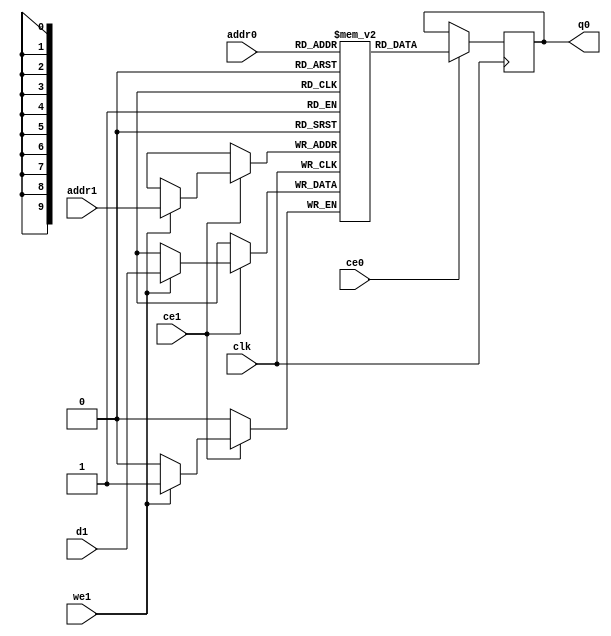
// ==============================================================
// File generated by Vivado(TM) HLS - High-Level Synthesis from C, C++ and SystemC
// Version: 2017.1
// Copyright (C) 1986-2017 Xilinx, Inc. All Rights Reserved.
// 
// ==============================================================

`timescale 1 ns / 1 ps
module pcie_read_anti_stbkb_ram (addr0, ce0, q0, addr1, ce1, d1, we1,  clk);

parameter DWIDTH = 1;
parameter AWIDTH = 10;
parameter MEM_SIZE = 1024;

input[AWIDTH-1:0] addr0;
input ce0;
output reg[DWIDTH-1:0] q0;
input[AWIDTH-1:0] addr1;
input ce1;
input[DWIDTH-1:0] d1;
input we1;
input clk;

(* ram_style = "block" *)reg [DWIDTH-1:0] ram[0:MEM_SIZE-1];




always @(posedge clk)  
begin 
    if (ce0) 
    begin
            q0 <= ram[addr0];
    end
end


always @(posedge clk)  
begin 
    if (ce1) 
    begin
        if (we1) 
        begin 
            ram[addr1] <= d1; 
        end 
    end
end


endmodule


`timescale 1 ns / 1 ps
module pcie_read_anti_stbkb(
    reset,
    clk,
    address0,
    ce0,
    q0,
    address1,
    ce1,
    we1,
    d1);

parameter DataWidth = 32'd1;
parameter AddressRange = 32'd1024;
parameter AddressWidth = 32'd10;
input reset;
input clk;
input[AddressWidth - 1:0] address0;
input ce0;
output[DataWidth - 1:0] q0;
input[AddressWidth - 1:0] address1;
input ce1;
input we1;
input[DataWidth - 1:0] d1;



pcie_read_anti_stbkb_ram pcie_read_anti_stbkb_ram_U(
    .clk( clk ),
    .addr0( address0 ),
    .ce0( ce0 ),
    .q0( q0 ),
    .addr1( address1 ),
    .ce1( ce1 ),
    .d1( d1 ),
    .we1( we1 ));

endmodule